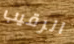
الرقيب